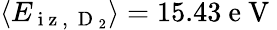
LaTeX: \left\langle E_{\mathrm{~i~z~,~}\mathrm{~D~}_{2}}\right\rangle=15.43\mathrm{~e~V~}